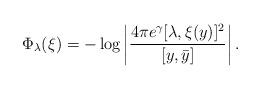
LaTeX: \begin{align*}\Phi_\lambda ( \xi) = - \log \left| \frac{ 4\pi e^\gamma [\lambda, \xi( y )] ^2}{ [ y , \bar{ y } ]} \right| .\end{align*}